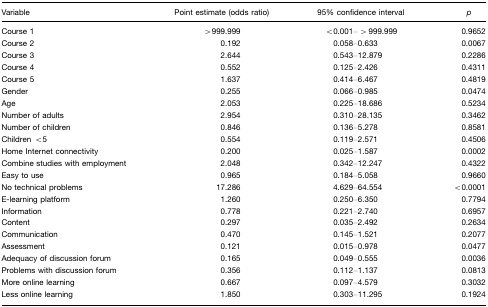
<table><thead><tr><td><b>Variable</b></td><td><b>Point estimate (odds ratio)</b></td><td><b>95% confidence interval</b></td><td><b><i>p</i></b></td></tr></thead><tbody><tr><td>Course 1</td><td>&gt;999.999</td><td>&lt;0.001– &gt; 999.999</td><td>0.9652</td></tr><tr><td>Course 2</td><td>0.192</td><td>0.058–0.633</td><td>0.0067</td></tr><tr><td>Course 3</td><td>2.644</td><td>0.543–12.879</td><td>0.2286</td></tr><tr><td>Course 4</td><td>0.552</td><td>0.125–2.426</td><td>0.4311</td></tr><tr><td>Course 5</td><td>1.637</td><td>0.414–6.467</td><td>0.4819</td></tr><tr><td>Gender</td><td>0.255</td><td>0.066–0.985</td><td>0.0474</td></tr><tr><td>Age</td><td>2.053</td><td>0.225–18.686</td><td>0.5234</td></tr><tr><td>Number of adults</td><td>2.954</td><td>0.310–28.135</td><td>0.3462</td></tr><tr><td>Number of children</td><td>0.846</td><td>0.136–5.278</td><td>0.8581</td></tr><tr><td>Children &lt;5</td><td>0.554</td><td>0.119–2.571</td><td>0.4506</td></tr><tr><td>Home Internet connectivity</td><td>0.200</td><td>0.025–1.587</td><td>0.0002</td></tr><tr><td>Combine studies with employment</td><td>2.048</td><td>0.342–12.247</td><td>0.4322</td></tr><tr><td>Easy to use</td><td>0.965</td><td>0.184–5.058</td><td>0.9660</td></tr><tr><td>No technical problems</td><td>17.286</td><td>4.629–64.554</td><td>&lt;0.0001</td></tr><tr><td>E-learning platform</td><td>1.260</td><td>0.250–6.350</td><td>0.7794</td></tr><tr><td>Information</td><td>0.778</td><td>0.221–2.740</td><td>0.6957</td></tr><tr><td>Content</td><td>0.297</td><td>0.035–2.492</td><td>0.2634</td></tr><tr><td>Communication</td><td>0.470</td><td>0.145–1.521</td><td>0.2077</td></tr><tr><td>Assessment</td><td>0.121</td><td>0.015–0.978</td><td>0.0477</td></tr><tr><td>Adequacy of discussion forum</td><td>0.165</td><td>0.049–0.555</td><td>0.0036</td></tr><tr><td>Problems with discussion forum</td><td>0.356</td><td>0.112–1.137</td><td>0.0813</td></tr><tr><td>More online learning</td><td>0.667</td><td>0.097–4.579</td><td>0.3032</td></tr><tr><td>Less online learning</td><td>1.850</td><td>0.303–11.295</td><td>0.1924</td></tr></tbody></table>